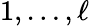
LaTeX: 1,\ldots,\ell